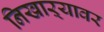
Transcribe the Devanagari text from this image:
निखाऱ्यावर